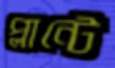
প্লান্টে